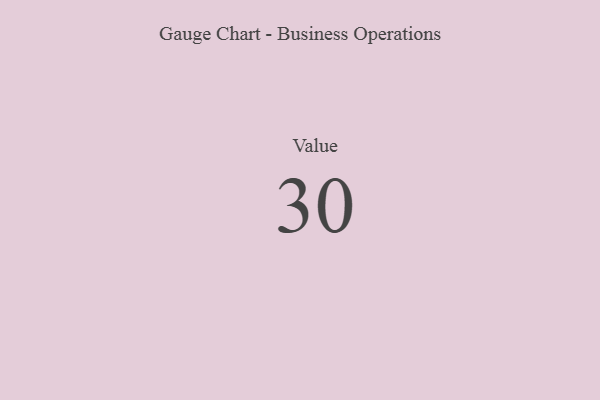
{"axis": {"x": "Metric", "y": "Value"}, "legend": [""], "data": [{"x": "Value", "y": 30, "type": ""}]}